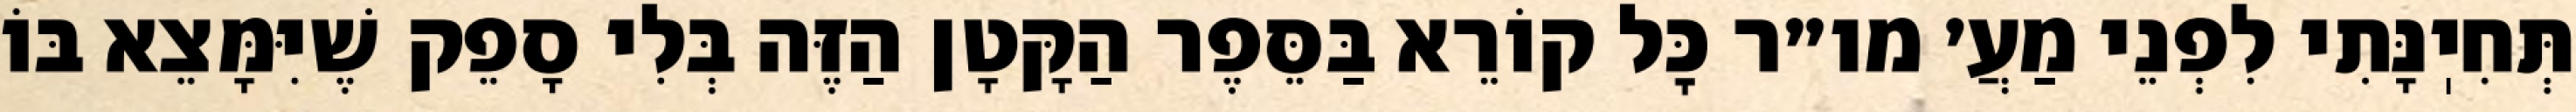
תְּחִיֽנָּתִי לִפְנֵי מַעֲ׳ מו״ר כׇּל קוֹרֵא בַּסֵּפֶר הַקָּטָן הַזֶּה בְּלִי סָפֵק שֶׁיִּמָּצֵא בּוֹ